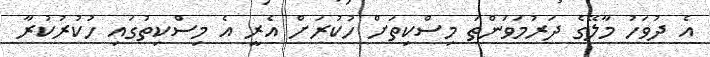
އެ ދުވަހު މާލޭގެ ދަރުމަވަންތަ މިސްކިތަށް ހުކުރަށް އެރީ އެ މިސްކިތުގައި ހުކުރުކުރާ